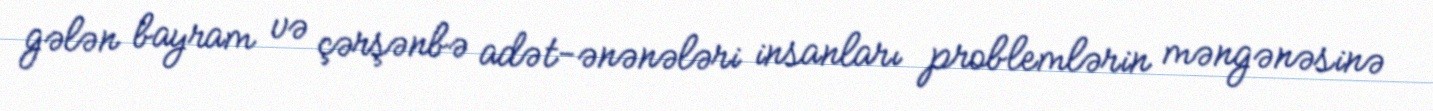
gələn bayram və çərşənbə adət-ənənələri insanları problemlərin məngənəsinə